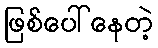
ဖြစ်ပေါ်နေတဲ့